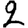
Digit: 2